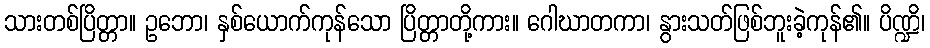
သားတစ်ပြိတ္တာ။ ဥဘော၊ နှစ်ယောက်ကုန်သော ပြိတ္တာတို့ကား။ ဂေါဃာတကာ၊ နွားသတ်ဖြစ်ဘူးခဲ့ကုန်၏။ ပိဏ္ဍိ၊